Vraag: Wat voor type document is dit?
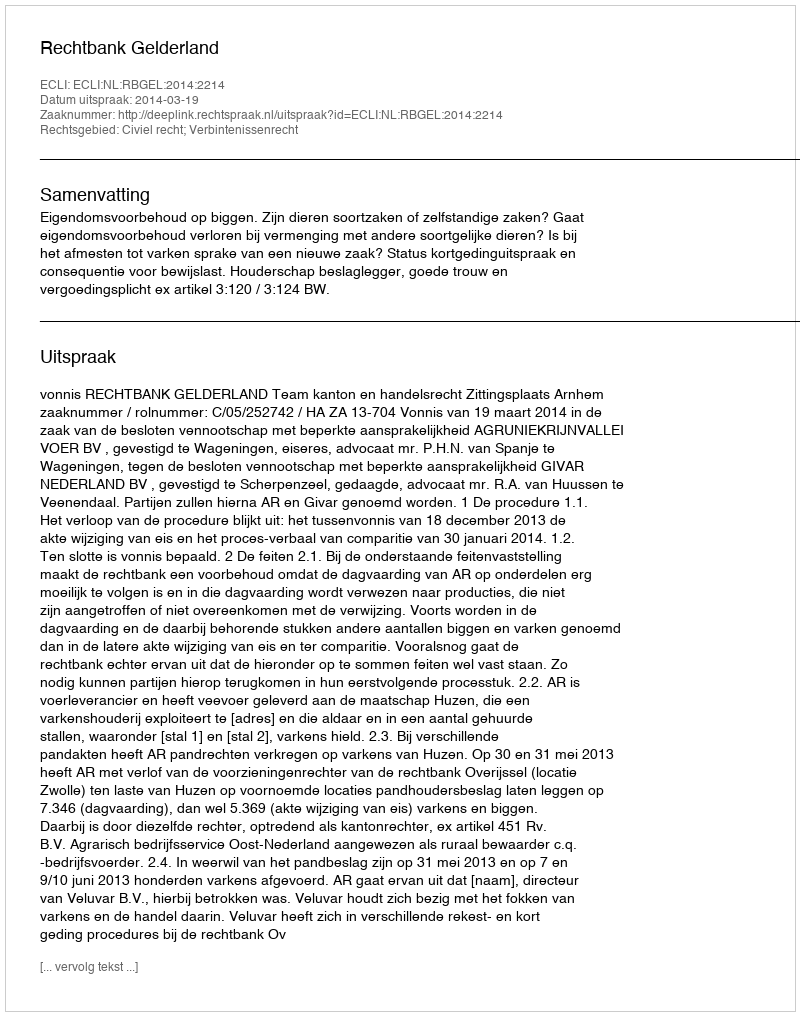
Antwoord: Uitspraak